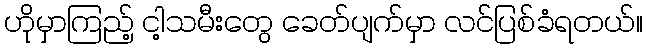
ဟိုမှာကြည့် ငါ့သမီးတွေ ခေတ်ပျက်မှာ လင်ပြစ်ခံရတယ်။